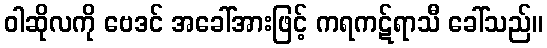
ဝါဆိုလကို ဗေဒင် အခေါ်အားဖြင့် ကရကဋ်ရာသီ ခေါ်သည်။